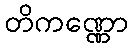
တိကဏ္ဏော